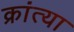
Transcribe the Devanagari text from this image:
क्रांत्या